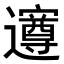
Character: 𮟡